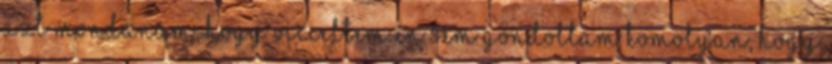
azt mondanám, hogy vicceltem én sem gondoltam komolyan, hogy